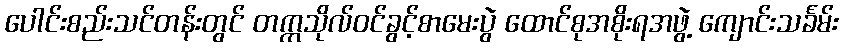
ပေါင်းစည်းသင်တန်းတွင် တက္ကသိုလ်ဝင်ခွင့်စာမေးပွဲ ထောင်စုအစိုးရအဖွဲ့ ကျောင်းသင်္ခမ်း